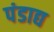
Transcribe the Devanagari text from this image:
पंडाद्य